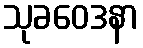
သုခဝေဒနာ